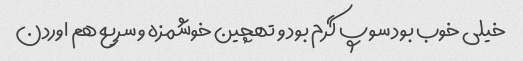
خیلی خوب بود سوپ گرم بود و تهچین خوشمزه و سریع هم اوردن